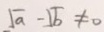
\sqrt { a } - \sqrt { b } \neq 0